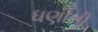
ધણીની